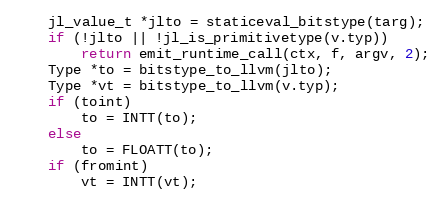
Language: C++
    jl_value_t *jlto = staticeval_bitstype(targ);
    if (!jlto || !jl_is_primitivetype(v.typ))
        return emit_runtime_call(ctx, f, argv, 2);
    Type *to = bitstype_to_llvm(jlto);
    Type *vt = bitstype_to_llvm(v.typ);
    if (toint)
        to = INTT(to);
    else
        to = FLOATT(to);
    if (fromint)
        vt = INTT(vt);